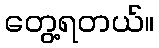
တွေ့ရတယ်။